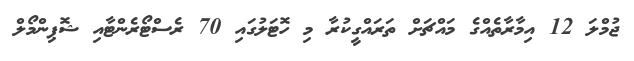
ޖުމްލަ 12 އިމާރާތެއްގެ މައްޗަށް ތަރައްގީކުރާ މި ހޮޓަލުގައި 70 ރެސްޓޯރެންޓާއި ޝޮޕިންމޯލް